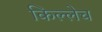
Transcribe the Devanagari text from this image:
किल्लेच